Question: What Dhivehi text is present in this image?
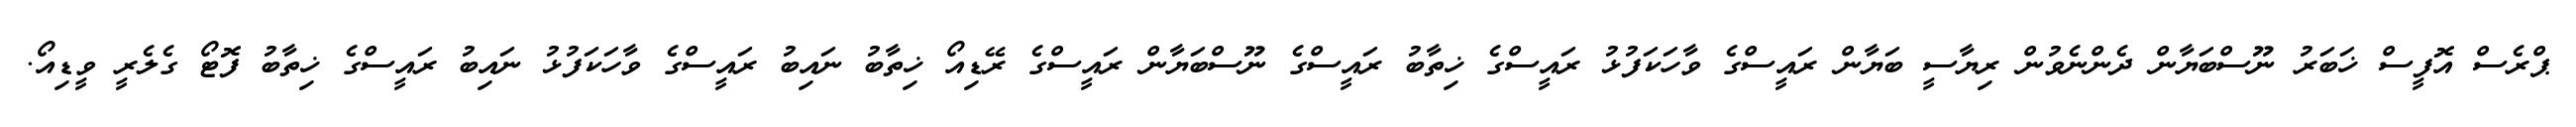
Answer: ޕްރެސް އޮފީސް ޚަބަރު ނޫސްބަޔާން ދެންނެވުން ރިޔާސީ ބަޔާން ރައީސްގެ ވާހަކަފުޅު ރައީސްގެ ޚިތާބު ރައީސްގެ ނޫސްބަޔާން ރައީސްގެ ރޭޑިއޯ ޚިތާބު ނައިބު ރައީސްގެ ވާހަކަފުޅު ނައިބު ރައީސްގެ ޚިތާބު ފޮޓޯ ގެލެރީ ވީޑިއޯ.